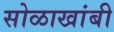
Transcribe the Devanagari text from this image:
सोळाखांबी